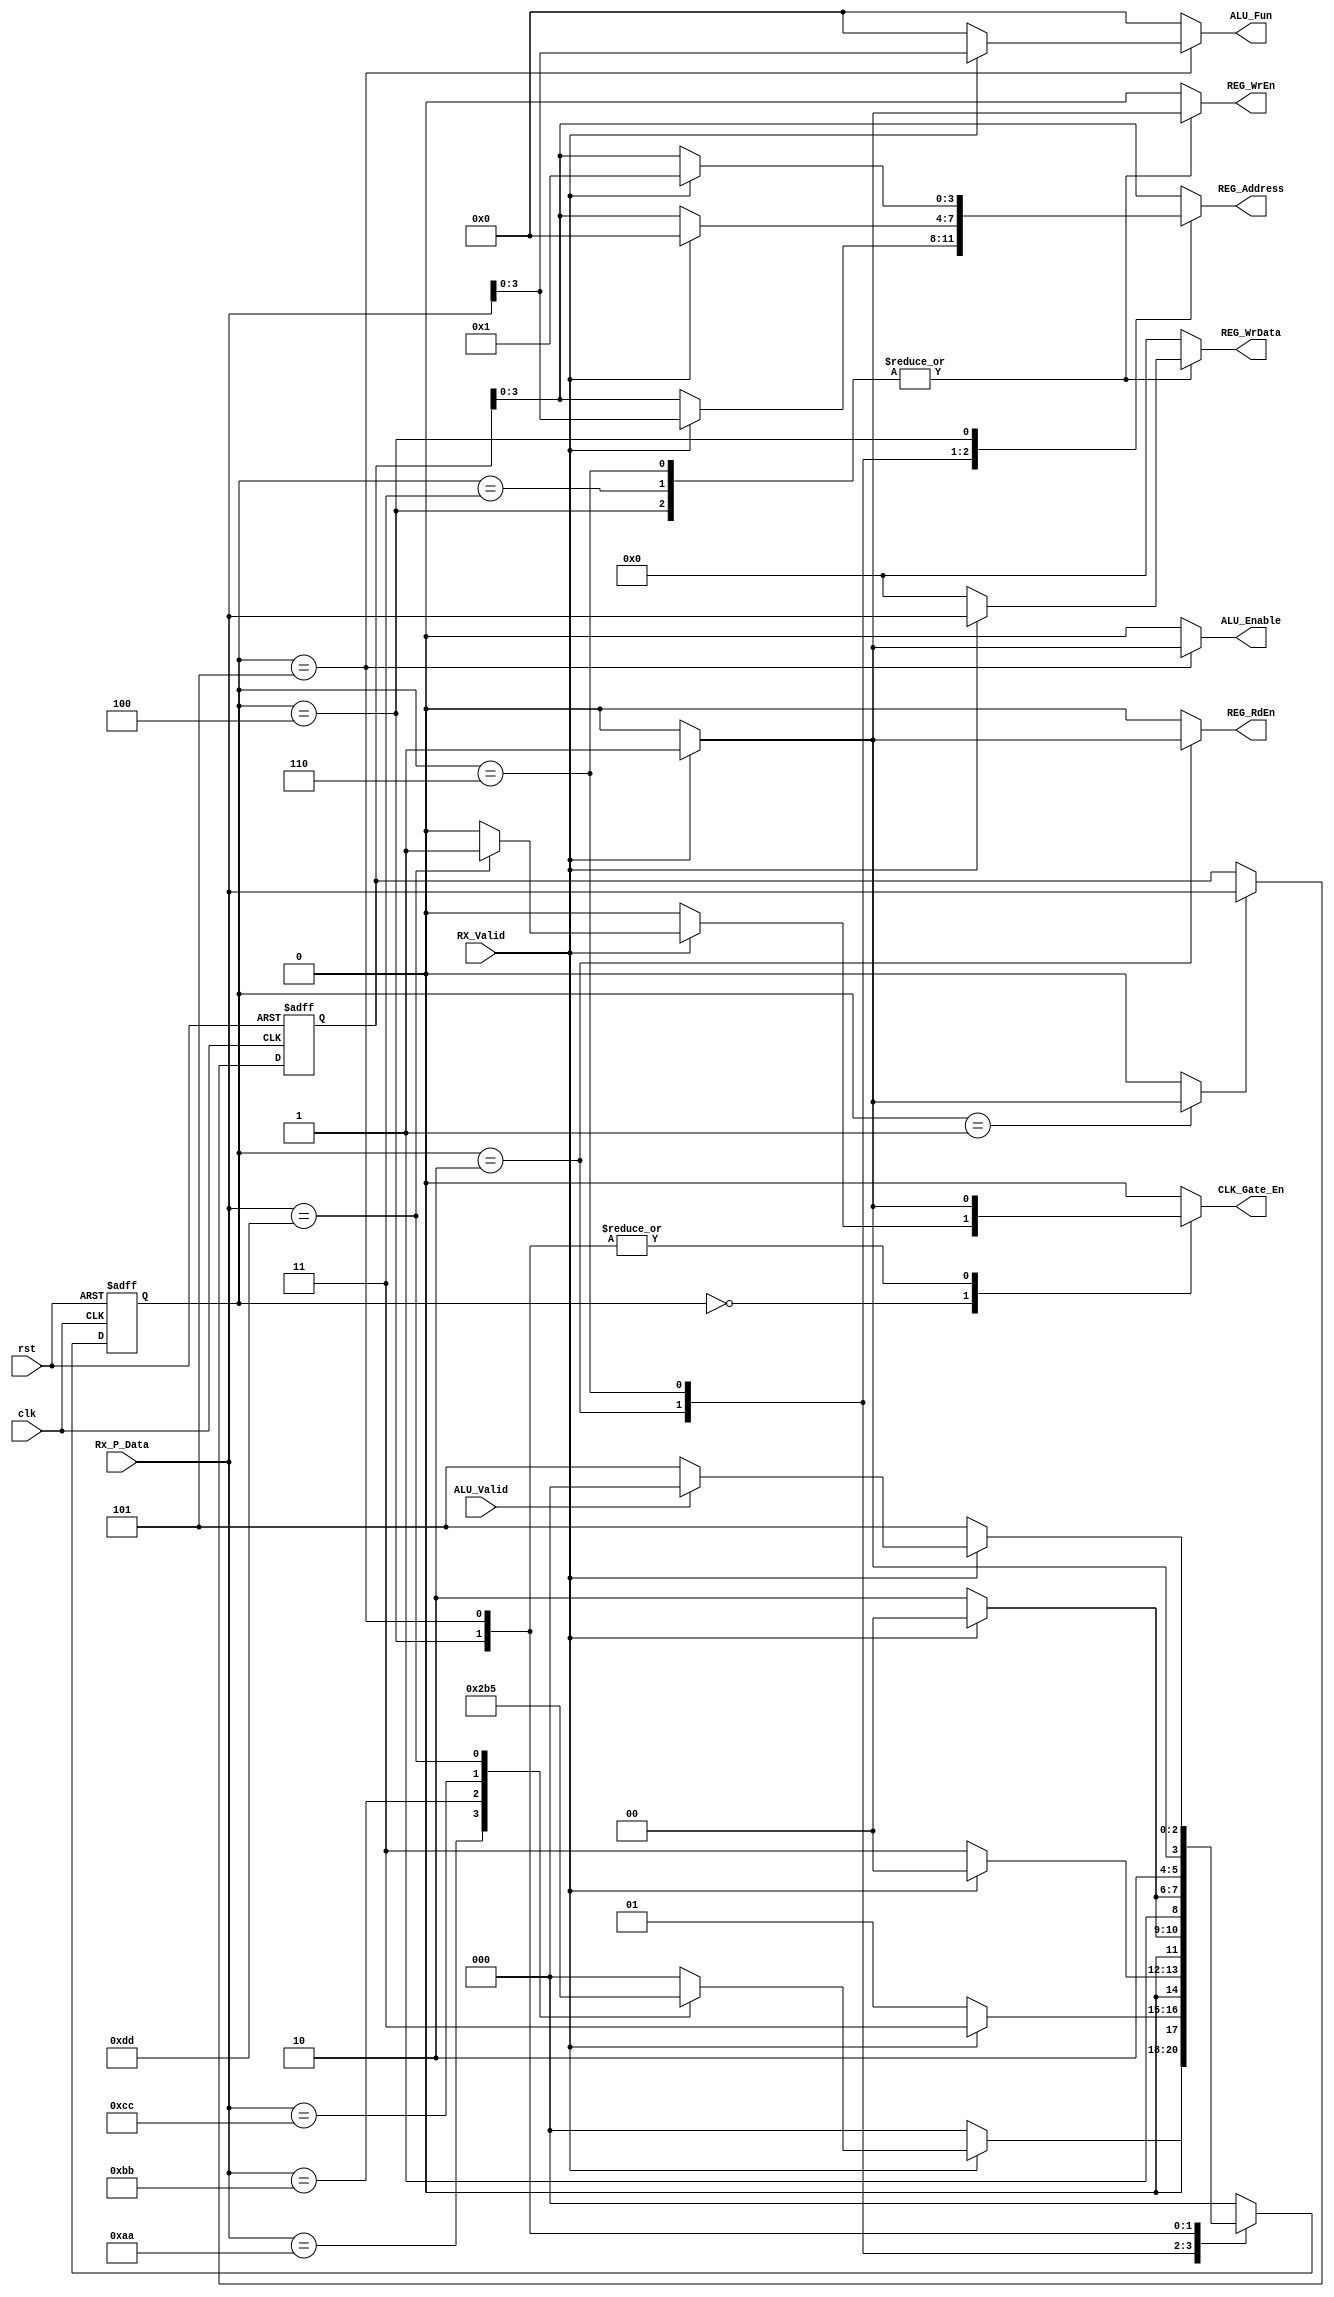
module RX_Controler #(
    parameter Data_width ='d8 ,REG_File_Depth='d16,
    Address_Depth=$clog2(REG_File_Depth),Num_Of_instructions='d14,
    Decoder_Size=$clog2(Num_Of_instructions)

) (
    input  wire                     clk         ,
    input  wire                     rst         ,

    input  wire                     ALU_Valid   ,
    output reg                      ALU_Enable  ,
    output reg [Decoder_Size-1:0]   ALU_Fun     , 

    output reg                      CLK_Gate_En ,

    output reg  [Address_Depth-1:0] REG_Address ,
    output reg                      REG_WrEn    ,
    output reg                      REG_RdEn    ,
    output reg  [Data_width-1:0]    REG_WrData  ,

    input  wire [Data_width-1:0]    Rx_P_Data    ,
    input  wire                     RX_Valid     


);
reg Save_En;
reg [Data_width-1:0] Saved_Data;
reg [2:0] Current_State,Next_State;
localparam Idle ='b000 ,
           REG_Wr_Add='b001 ,
           REG_Wr_Data='b011,
           REG_Rd_Add='b010 ,
           ALU_Wr_A=   'b110,
           ALU_Wr_B=   'b100,
           ALU_Fun_State='b101;



always @(posedge clk or negedge rst) begin
    if (!rst) begin
        Current_State<='b0;
    end else begin
        Current_State<=Next_State;
    end
    
end

always @(posedge clk or negedge rst) begin
    if (!rst) begin
        Saved_Data<='b0;
    end else if(Save_En) begin
        Saved_Data<=Rx_P_Data;
    end

end


always @(*) begin
    REG_WrEn='b0;
    REG_RdEn='b0;
    REG_WrData='b0;
    ALU_Fun='b0;
    CLK_Gate_En='b0;
    ALU_Enable='b0;
    Save_En='b0;
    REG_Address=Saved_Data;
    case (Current_State)
        Idle:begin
            if (RX_Valid) begin
                case (Rx_P_Data)
                'hAA:begin
                    Next_State=REG_Wr_Add;
                end 

                'hBB:begin
                    Next_State=REG_Rd_Add;
                end 

                'hCC:begin
                    Next_State=ALU_Wr_A; //! CHEACK IT REG_Wr_Add or ALU_Wr_A
                end
                 
                'hDD:begin
                    Next_State=ALU_Fun_State;
                    CLK_Gate_En='b1;
                end
                default: begin
                    Next_State=Idle;
                end 
            endcase
            end else begin
                Next_State=Idle;
            end
        end 

        REG_Wr_Add:begin
            if (RX_Valid) begin
                Save_En='b1;
                Next_State=REG_Wr_Data;
            end else begin
                Next_State=REG_Wr_Add;
            end
        end

        REG_Wr_Data:begin
            if (RX_Valid) begin
                REG_WrEn='b1;
                REG_Address=Saved_Data;
                REG_WrData=Rx_P_Data; //! IT WONT WORK 
                Next_State=Idle;
            end else begin
                Next_State=REG_Wr_Data;
            end
        end

        REG_Rd_Add:begin
            if (RX_Valid) begin
                REG_RdEn='b1;
                REG_Address=Rx_P_Data;
                Next_State=Idle;
            end else begin
                Next_State=REG_Rd_Add;
            end
        end

        ALU_Wr_A:begin
             if (RX_Valid) begin
                REG_Address='b0;
                REG_WrEn='b1;
                REG_WrData=Rx_P_Data;
                Next_State=ALU_Wr_B;
            end else begin
                Next_State=ALU_Wr_A;
            end
        end

        ALU_Wr_B:begin
             if (RX_Valid) begin
                REG_Address='d1;
                REG_WrEn='b1;
                CLK_Gate_En='b1;
                REG_WrData=Rx_P_Data;
                Next_State=ALU_Fun_State;
            end else begin
                Next_State=ALU_Wr_B;
            end
        end

        ALU_Fun_State:begin
             if (RX_Valid) begin
                CLK_Gate_En='b1;
                ALU_Enable='b1;
                ALU_Fun=Rx_P_Data;
                if (ALU_Valid) begin //TODO: If the ALU takes more than 1 cycle  Multi And Div algo
                    Next_State=Idle;
                end else begin
                    Next_State=ALU_Fun_State;
                end
            end else begin
                Next_State=ALU_Fun_State;
            end
        end
        default: begin
            Next_State=Idle;
        end
    endcase

    end


endmodule